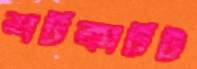
শর্টকার্টট